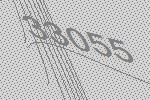
33055